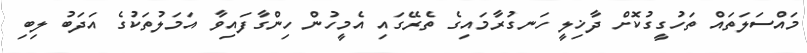
މައްސަލަތައް ތަހުގީގުކޮށް ދާޚިލީ ހަނގުރާމައިގެ ތެރޭގައި އެމީހުން ހިންގާފައިވާ އަމަލުތަކުގެ އަދަބު ލިބި